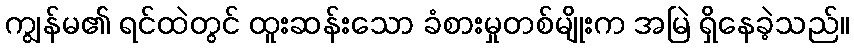
ကျွန်မ၏ ရင်ထဲတွင် ထူးဆန်းသော ခံစားမှုတစ်မျိုးက အမြဲ ရှိနေခဲ့သည်။